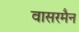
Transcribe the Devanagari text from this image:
वासरमैन